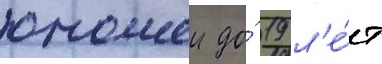
юношеи до́ 19 л'е́т